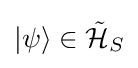
|\psi \rangle \in {\mathcal {\tilde {H}}}_{S}